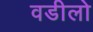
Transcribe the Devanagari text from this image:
वडीलो